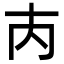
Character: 𡗚